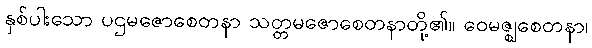
နှစ်ပါးသော ပဌမဇောစေတနာ သတ္တမဇောစေတနာတို့၏။ ဝေမဇ္ဈစေတနာ၊